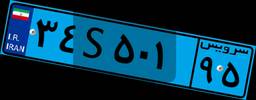
۰۴S۷۷۶۹۶